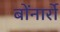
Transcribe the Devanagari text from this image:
बोंनार्रो